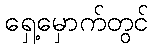
ရှေ့မှောက်တွင်